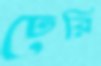
ঢেরি